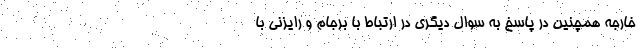
خارجه همچنین در پاسخ به سوال دیگری در ارتباط با برجام و رایزنی با